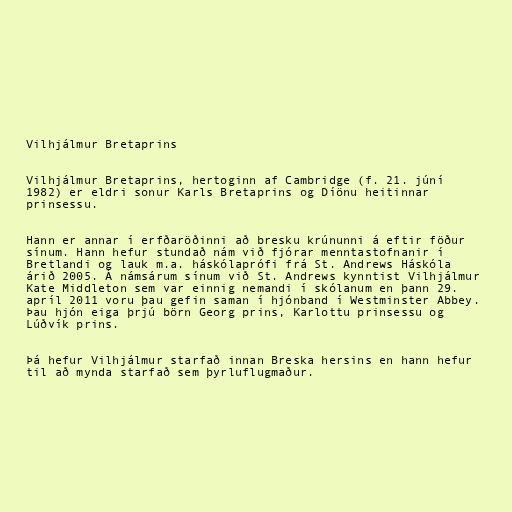
Vilhjálmur Bretaprins

Vilhjálmur Bretaprins, hertoginn af Cambridge (f. 21. júní
1982) er eldri sonur Karls Bretaprins og Díönu heitinnar
prinsessu.

Hann er annar í erfðaröðinni að bresku krúnunni á eftir föður
sínum. Hann hefur stundað nám við fjórar menntastofnanir í
Bretlandi og lauk m.a. háskólaprófi frá St. Andrews Háskóla
árið 2005. Á námsárum sínum við St. Andrews kynntist Vilhjálmur
Kate Middleton sem var einnig nemandi í skólanum en þann 29.
apríl 2011 voru þau gefin saman í hjónband í Westminster Abbey.
Þau hjón eiga þrjú börn Georg prins, Karlottu prinsessu og
Lúðvík prins.

Þá hefur Vilhjálmur starfað innan Breska hersins en hann hefur
til að mynda starfað sem þyrluflugmaður.